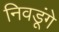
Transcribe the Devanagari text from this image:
निवडूंगे